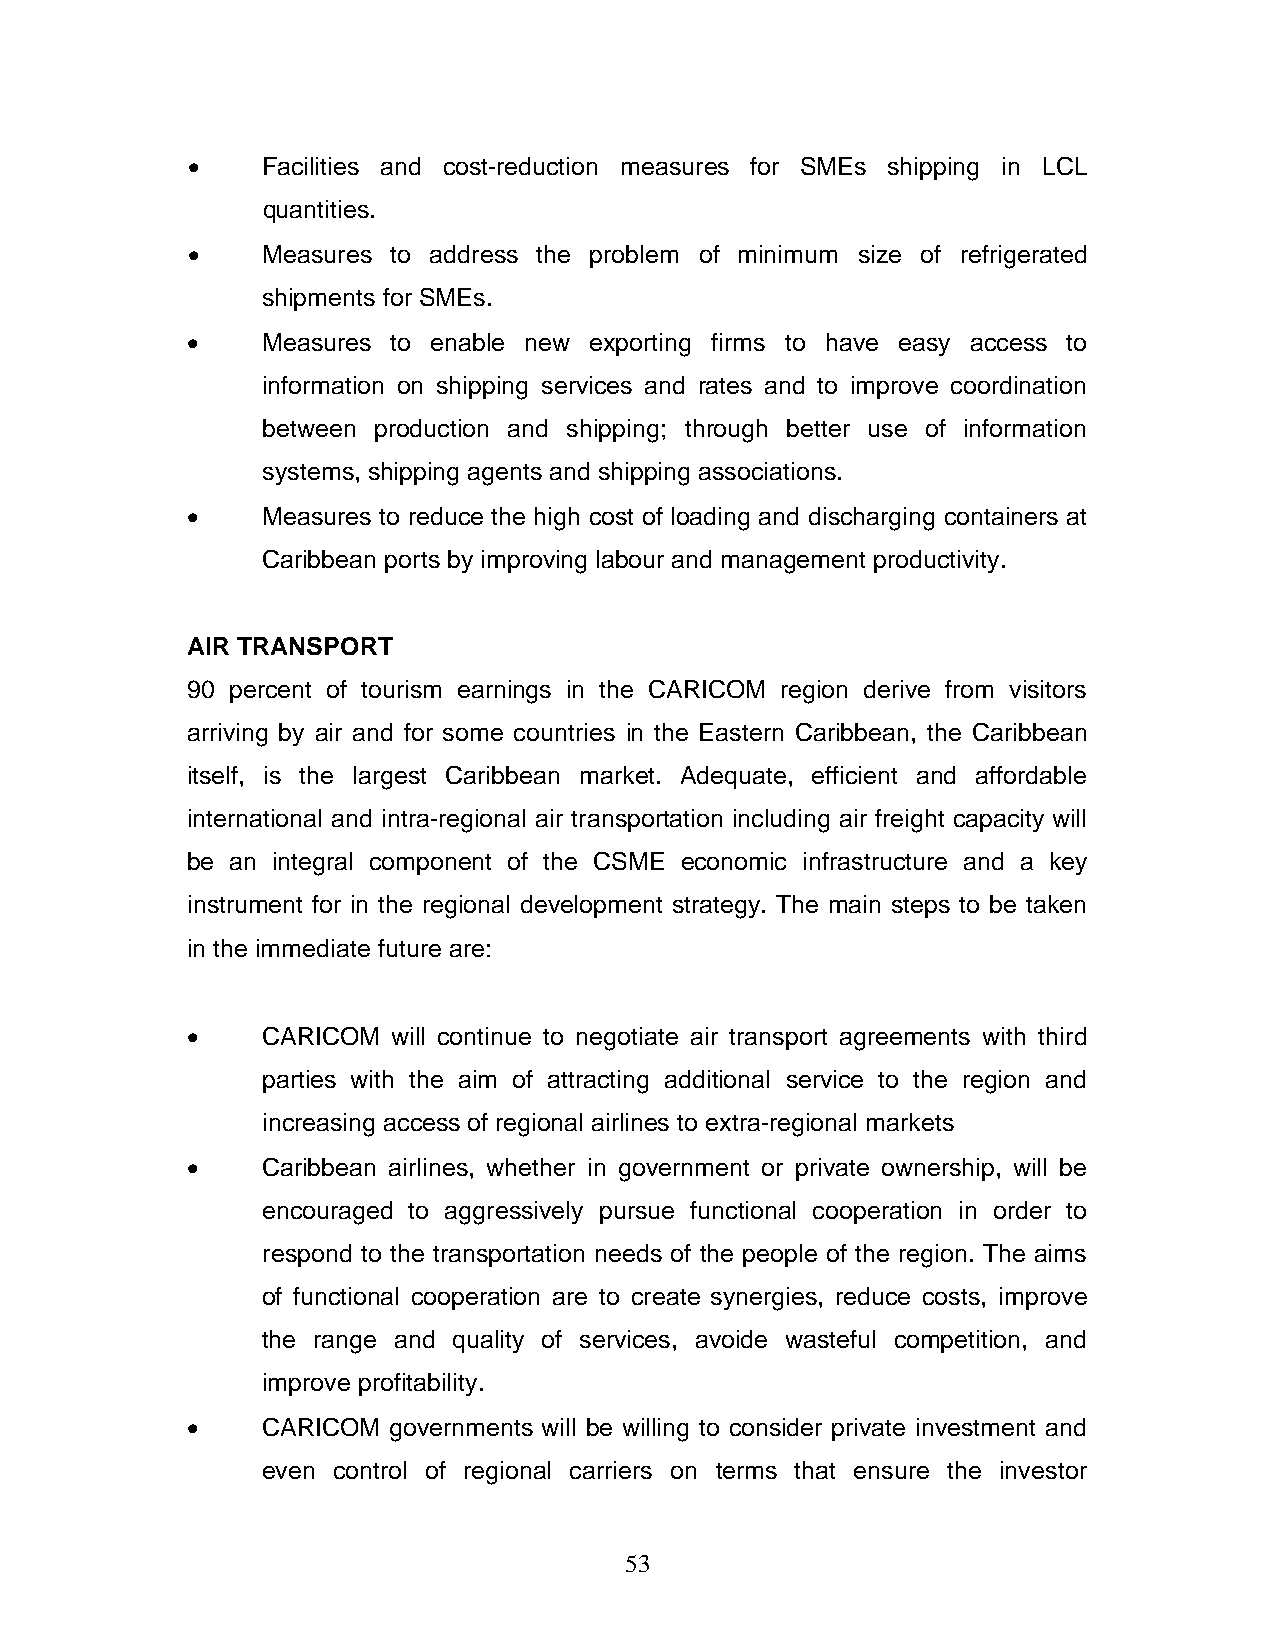
•    Facilities and cost-reduction measures for SMEs shipping in LCL
 quantities.
 •    Measures to address the problem of minimum size of refrigerated
 shipments for SMEs.
 •    Measures to enable new exporting firms to have easy access to
 information on shipping services and rates and to improve coordination
 between production and shipping; through better use of information
 systems, shipping agents and shipping associations.
 •    Measures to reduce the high cost of loading and discharging containers at
 Caribbean ports by improving labour and management productivity.
 AIR TRANSPORT
 90 percent of tourism earnings in the CARICOM region derive from visitors
 arriving by air and for some countries in the Eastern Caribbean, the Caribbean
 itself, is the largest Caribbean market. Adequate, efficient and affordable
 international and intra-regional air transportation including air freight capacity will
 be an integral component of the CSME economic infrastructure and a key
 instrument for in the regional development strategy. The main steps to be taken
 in the immediate future are:
 •    CARICOM  will continue to negotiate air transport agreements with third
 parties with the aim of attracting additional service to the region and
 increasing access of regional airlines to extra-regional markets
 •    Caribbean airlines, whether in government or private ownership, will be
 encouraged to aggressively pursue functional cooperation in order to
 respond to the transportation needs of the people of the region. The aims
 of functional cooperation are to create synergies, reduce costs, improve
 the range and quality of services, avoide wasteful competition, and
 improve profitability.
 •    CARICOM  governments will be willing to consider private investment and
 even control of regional carriers on terms that ensure the investor
 53